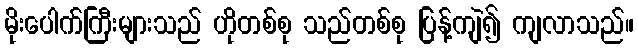
မိုးပေါက်ကြီးများသည် ဟိုတစ်စု သည်တစ်စု ပြန့်ကျဲ၍ ကျလာသည်။